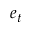
e _ { t }